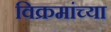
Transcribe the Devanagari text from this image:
विक्रमांच्या